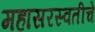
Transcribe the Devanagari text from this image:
महासरस्वतीचे